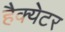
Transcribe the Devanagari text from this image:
हैक्येटर